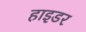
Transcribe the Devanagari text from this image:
हाइडर